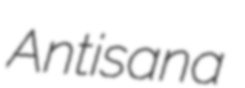
Antisana